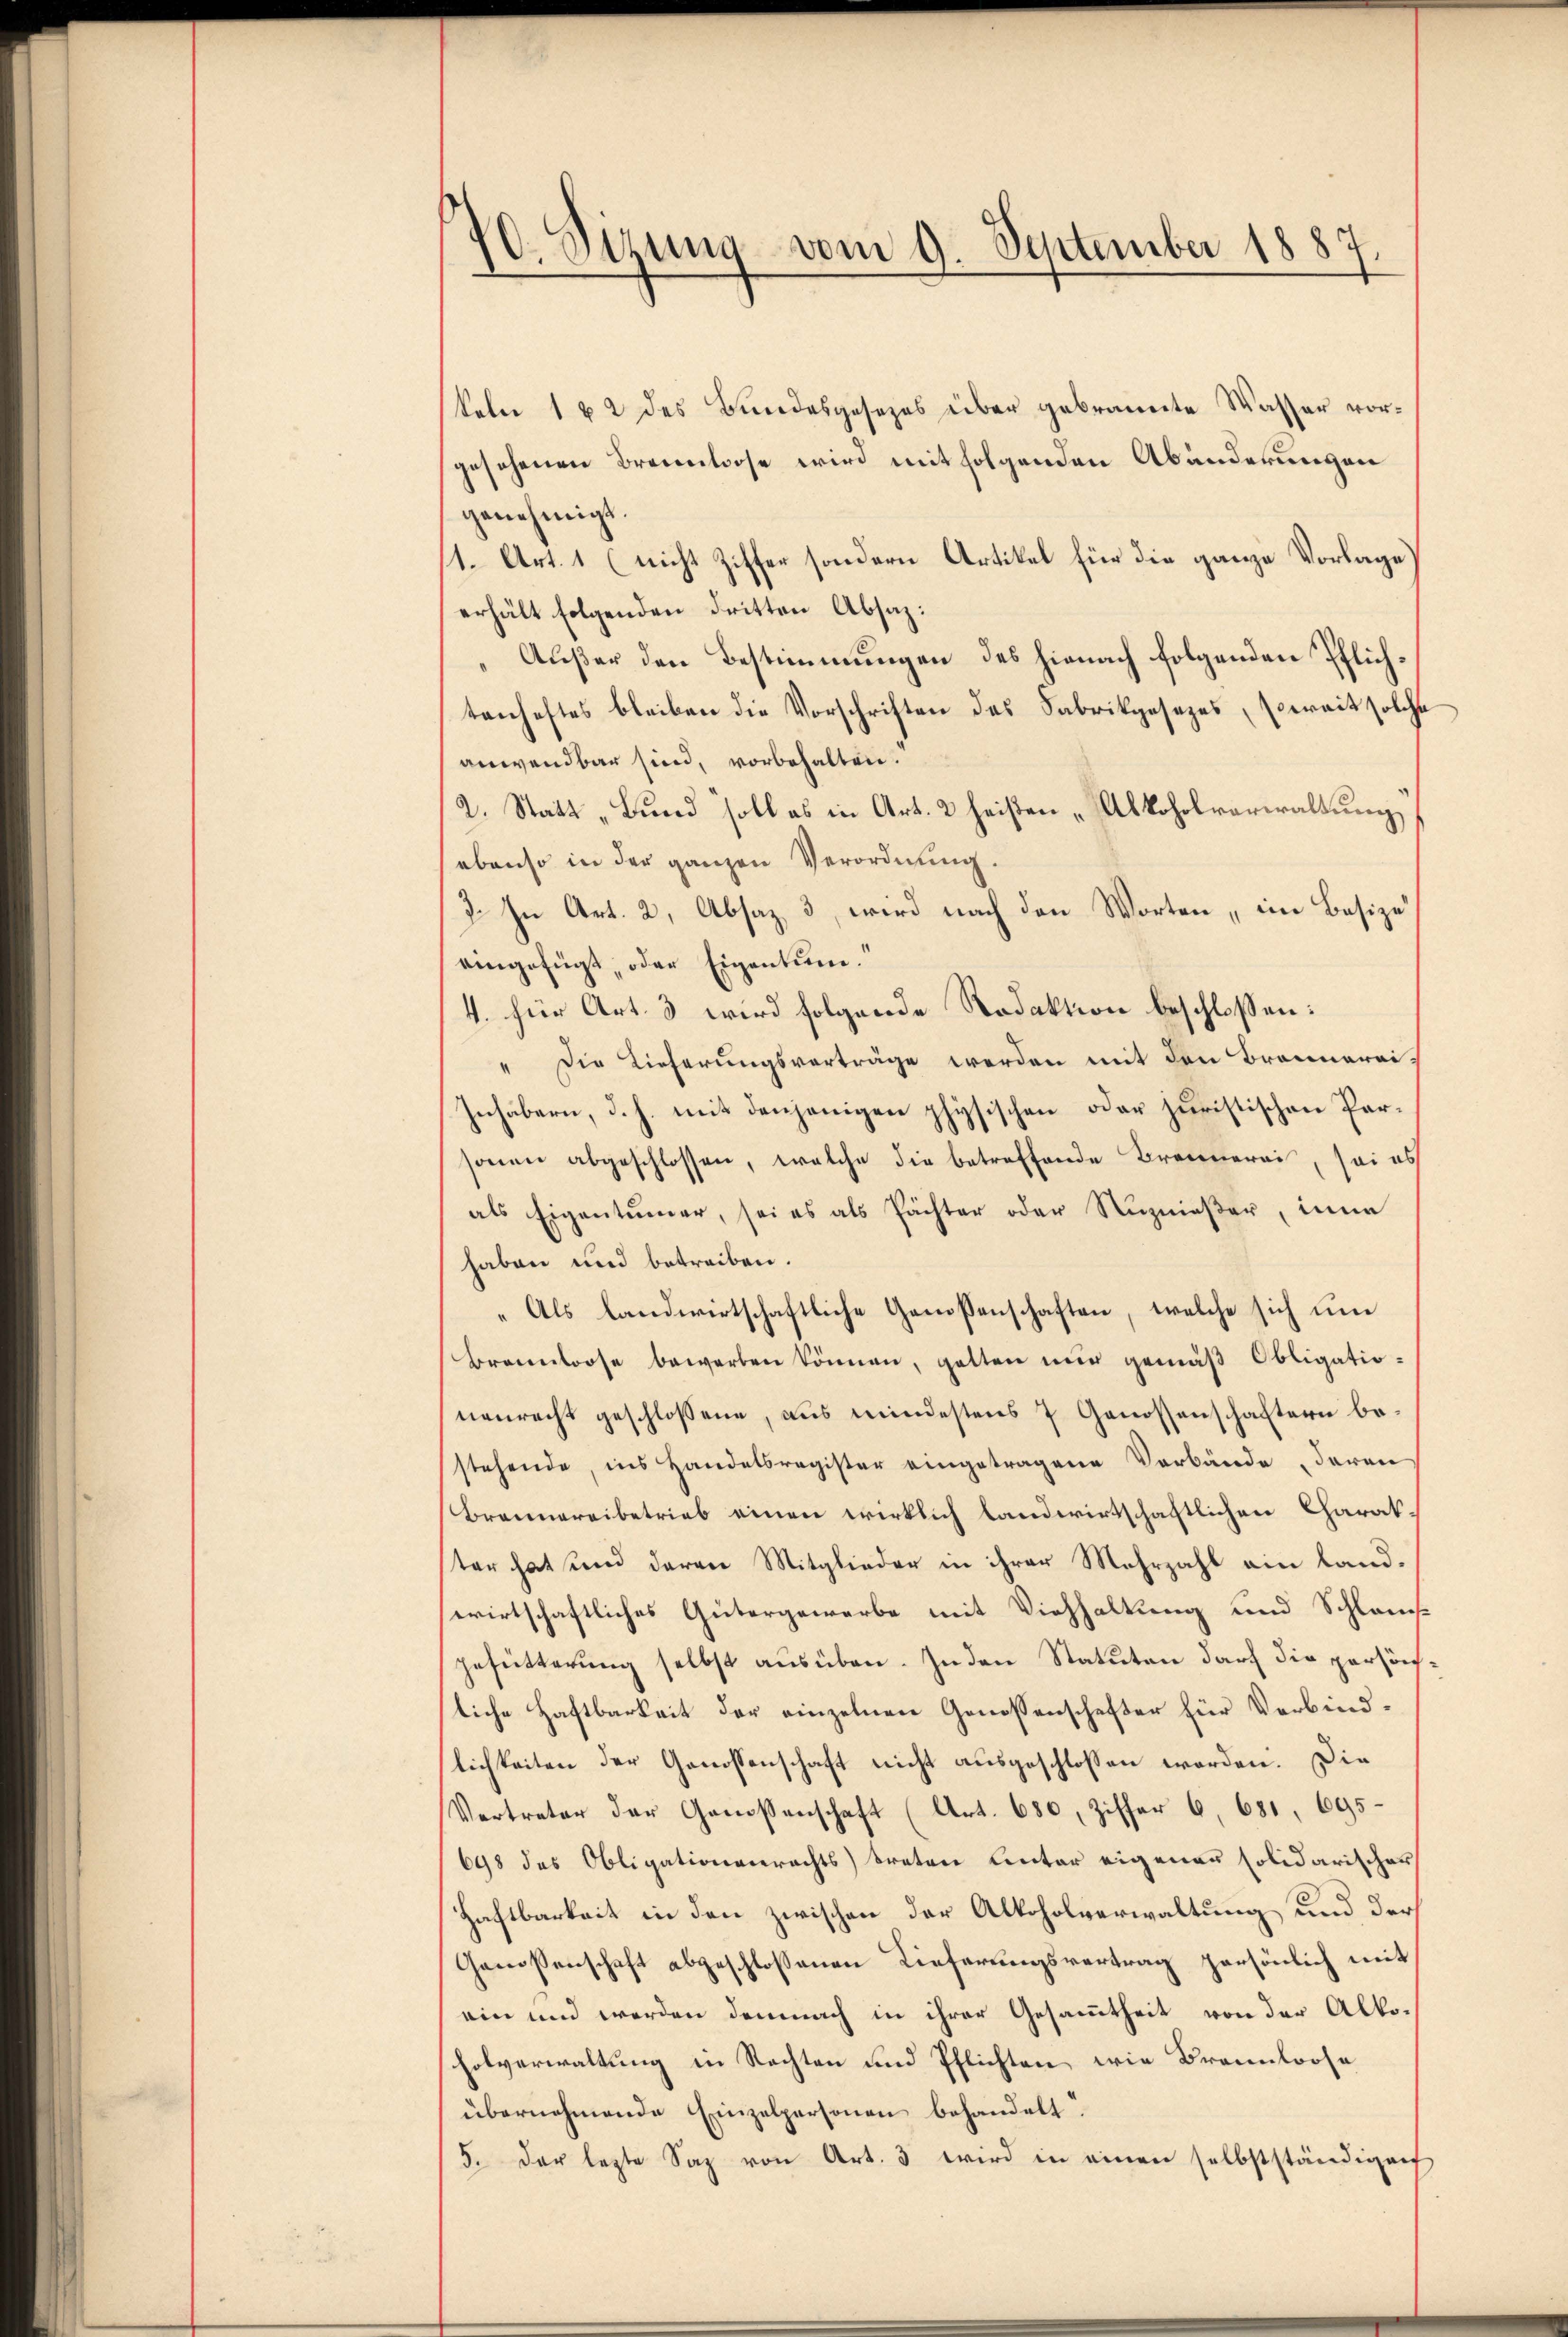
70. Sizung vom 9. September 1887

keln 1 & 2 des Bundesgesezes über gebrannte Wasser vorgesehenen Brennlose wird mit folgenden Abänderungen
genehmigt.
1. Art. 1 (nicht Ziffer sondern Artikel für die ganze Vorlage
erhält folgenden Dritten Absaz:
Außer den Bestimmungen des hienach folgenden Pflichtenhaftes bleiben die Vorschriften des Fabrikgesezes, soweit solche
anwendbar sind, vorbehalten.
2. Statt „Bund soll es in Art. 2 heißen „Alkoholverwaltung
ebenso in der ganzen Verordnung.
2. In Art. 2, Absaz, 3, wird nach den Worten, im Besize
eingefügt, oder Eigentum.
4. für Art. 3 wird folgende Redaktion beschlossen:
Die Lieferungsvorträge werden mit den Braunerai¬
Inhäbern, d. h. mit denjenigen physischen oder juristischen Parsonen abgeschlossen, welche die betreffende Brennerei, sei es
als Eigentümer, sei es als Pächter oder Reznießer, inne
haben und betreiben.
„Als landwirtschaftliche Genesenschaften, welche sich um
Brannloose bewerben können, gelten nur gemäß Obligationenrecht geschlossene, aus mindestens 7 Genossenschaftern bestehende, ins Handelsregister eingetragene Verbände daran
Brennereibetrieb einen wirklich landwirtschaftlichen Charakter hat und daran Mitglieder in ihrer Mehrzahl ein landerirtschaftliches Gütergewerbe mit Viehhaltung und Schlauchgefütterung selbst ausüben. In den Statuten darf die persönfliche Haftbarkeit der einzelnen Genossenschafter für Verbindlichkeiten der Genossenschaft nicht ausgeschlossen worden. Die
Vertreter der Genossenschaft (Art. 680, Ziffer 6. 681, 695
698 des Obligationenrechts treten Lector eigenen solidarischer
Haftbarkeit in den zwischen der Alkoholverwaltung und der
Genossenschaft abgeschlossenen Lieferungsvertrag persönlich mit
ein und werden demnach in ihrer Gesammtheit von der Alkoholverwaltung in Rechten und Pflichten, wie Brannloose
übernehmende Einzelpersonen behandelt.
5. der lezte Saz von Art. 3 wird in einen selbstständigen